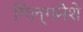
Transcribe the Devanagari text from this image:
गिल्गमेशे